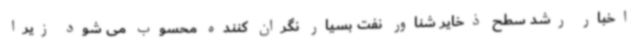
اخبار رشد سطح ذخایر شناور نفت بسیار نگران کننده محسوب می شود زیرا